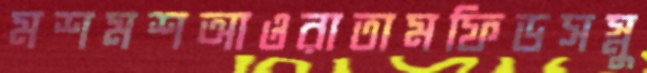
মশমশআওরাতামফিডসস্নু